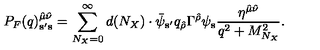
P _ { F } ( q ) _ { { \bf s } ^ { \prime } { \bf s } } ^ { { \hat { \mu } } { \hat { \nu } } } = \sum _ { N _ { X } = 0 } ^ { \infty } d ( N _ { X } ) \cdot { \bar { \psi } } _ { { \bf s } ^ { \prime } } q _ { \hat { \rho } } \Gamma ^ { \hat { \rho } } \psi _ { \bf s } { \frac { \eta ^ { { \hat { \mu } } { \hat { \nu } } } } { q ^ { 2 } + M _ { N _ { X } } ^ { 2 } } } .